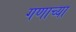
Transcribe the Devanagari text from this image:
गणाच्या